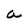
Character: a